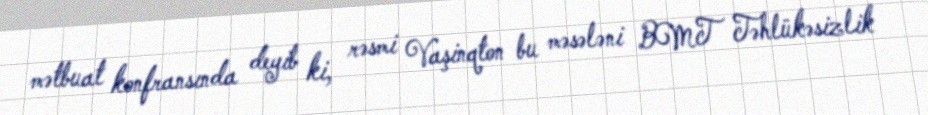
mətbuat konfransında deyib ki, rəsmi Vaşinqton bu məsələni BMT Təhlükəsizlik